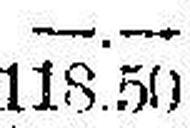
118.50